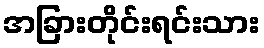
အခြားတိုင်းရင်းသား